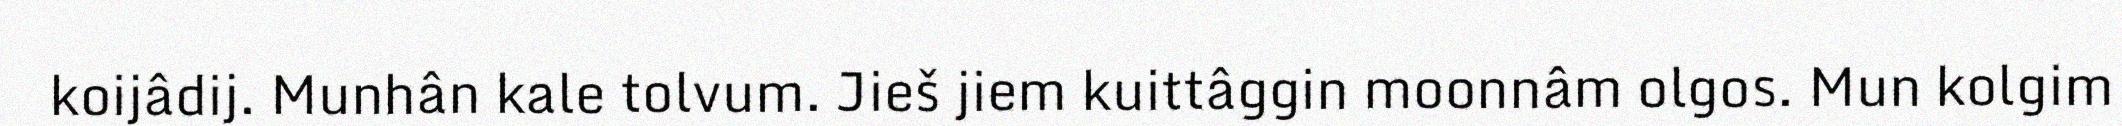
koijâdij. Munhân kale tolvum. Jieš jiem kuittâggin moonnâm olgos. Mun kolgim